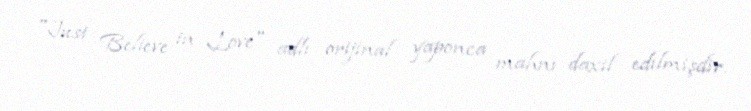
"Just Believe in Love" adlı orijinal yaponca mahnı daxil edilmişdir.